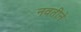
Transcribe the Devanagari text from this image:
नवतीने